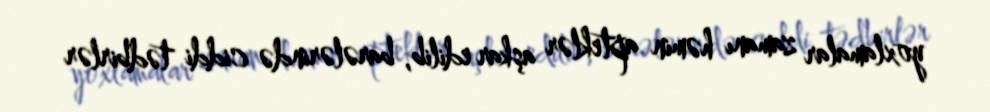
yoxlamalar zamanı həmin apteklər aşkar edilib, barələrində ciddi tədbirlər